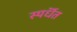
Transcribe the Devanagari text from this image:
स्पर्धॆत